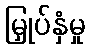
မြှုပ်နှံမှု